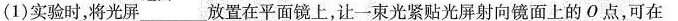
(1)实验时，将光屏___放置在平面镜上，让一束光紧贴光屏射向镜面上的O点，可在